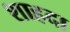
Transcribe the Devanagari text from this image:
शाहदा